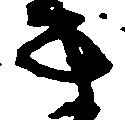
き